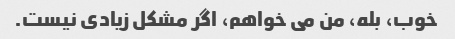
خوب، بله، من می خواهم، اگر مشکل زیادی نیست.